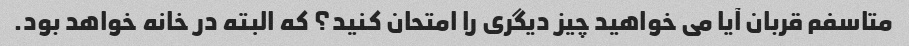
متاسفم قربان آیا می خواهید چیز دیگری را امتحان کنید؟ که البته در خانه خواهد بود.